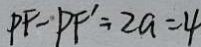
P F - P F ^ { \prime } = 2 a = 4